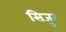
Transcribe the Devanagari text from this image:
सिज़ुर